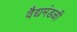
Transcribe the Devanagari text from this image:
वैद्यमंडळी